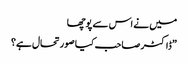
میں نے اس سے پوچھا
”ڈاکٹر صاحب کیا صورتحال ہے؟